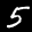
Label: 5